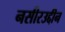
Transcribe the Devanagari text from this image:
नसीरउद्दीन